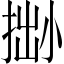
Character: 𢮬